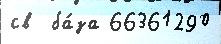
св  ба́за 66361290